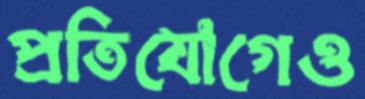
প্রতিযোগেও